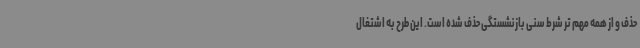
حذف و از همه مهم تر شرط سنی بازنشستگی حذف شده است. این طرح به اشتغال